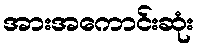
အားအကောင်းဆုံး